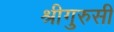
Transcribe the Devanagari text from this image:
श्रीगुरुसी